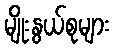
မျိုးနွယ်စုများ